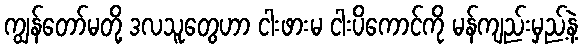
ကျွန်တော်မတို့ ဒလသူတွေဟာ ငါးဖားမ ငါးပိကောင်ကို မန်ကျည်းမှည့်နဲ့